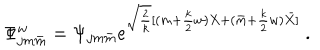
LaTeX: \Phi _ { j m \bar { m } } ^ { w } = \Psi _ { j m \bar { m } } e ^ { \sqrt { \frac { 2 } { k } } [ ( m + { \frac { k } { 2 } } w ) X + ( \bar { m } + { \frac { k } { 2 } } w ) \bar { X } ] } ~ .